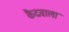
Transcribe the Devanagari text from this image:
कैदवाला